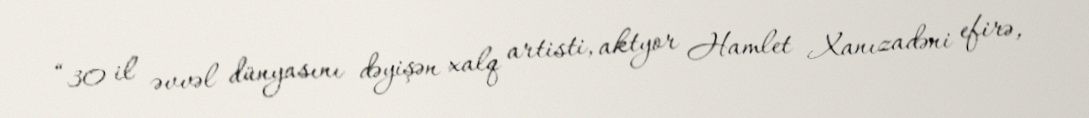
“30 il əvvəl dünyasını dəyişən xalq artisti, aktyor Hamlet Xanızadəni efirə,